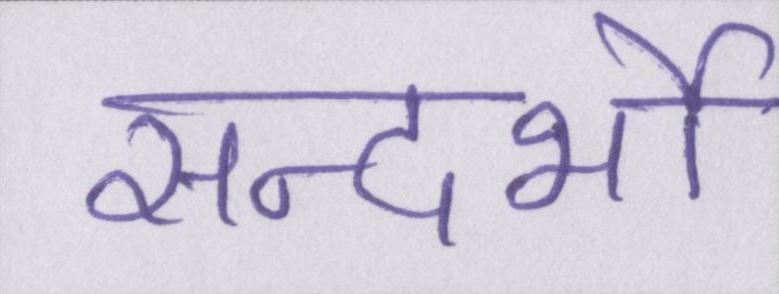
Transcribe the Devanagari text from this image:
सन्दर्भो